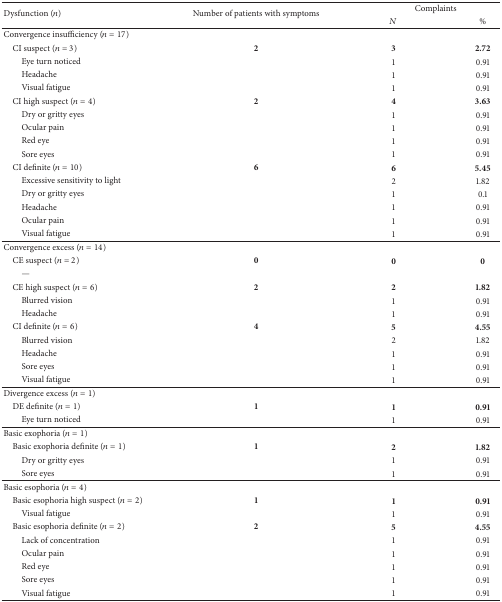
<table><thead><tr><td rowspan="2"><b>Dysfunction (<i>n</i>)</b></td><td rowspan="2"><b>Number of patients with symptoms</b></td><td colspan="2"><b>Complaints</b></td></tr><tr><td><b><i>N</i></b></td><td><b>%</b></td></tr></thead><tbody><tr><td>Convergence insufficiency (<i>n</i> = 17)</td><td> </td><td> </td><td> </td></tr><tr><td> CI suspect (<i>n</i> = 3)</td><td><b>2</b></td><td><b>3</b></td><td><b>2.72</b></td></tr><tr><td>Eye turn noticed</td><td> </td><td>1</td><td>0.91</td></tr><tr><td>Headache</td><td> </td><td>1</td><td>0.91</td></tr><tr><td>Visual fatigue</td><td> </td><td>1</td><td>0.91</td></tr><tr><td> CI high suspect (<i>n</i> = 4)</td><td><b>2</b></td><td><b>4</b></td><td><b>3.63</b></td></tr><tr><td>Dry or gritty eyes</td><td> </td><td>1</td><td>0.91</td></tr><tr><td>Ocular pain</td><td> </td><td>1</td><td>0.91</td></tr><tr><td>Red eye </td><td> </td><td>1</td><td>0.91</td></tr><tr><td>Sore eyes</td><td> </td><td>1</td><td>0.91</td></tr><tr><td> CI definite (<i>n</i> = 10)</td><td><b>6</b></td><td><b>6</b></td><td><b>5.45</b></td></tr><tr><td>Excessive sensitivity to light</td><td> </td><td>2</td><td>1.82</td></tr><tr><td>Dry or gritty eyes</td><td> </td><td>1</td><td>0.1</td></tr><tr><td>Headache</td><td> </td><td>1</td><td>0.91</td></tr><tr><td>Ocular pain</td><td> </td><td>1</td><td>0.91</td></tr><tr><td>Visual fatigue </td><td> </td><td>1</td><td>0.91</td></tr><tr><td>Convergence excess (<i>n</i> = 14) </td><td> </td><td> </td><td> </td></tr><tr><td> CE suspect (<i>n</i> = 2)</td><td><b>0</b></td><td><b>0</b></td><td><b>0</b></td></tr><tr><td>—</td><td> </td><td> </td><td> </td></tr><tr><td> CE high suspect (<i>n</i> = 6)</td><td><b>2</b></td><td><b>2</b></td><td><b>1.82</b></td></tr><tr><td>Blurred vision</td><td> </td><td>1</td><td>0.91</td></tr><tr><td>Headache</td><td> </td><td>1</td><td>0.91</td></tr><tr><td> CI definite (<i>n</i> = 6)</td><td><b>4</b></td><td><b>5</b></td><td><b>4.55</b></td></tr><tr><td>Blurred vision </td><td> </td><td>2</td><td>1.82</td></tr><tr><td>Headache</td><td> </td><td>1</td><td>0.91</td></tr><tr><td>Sore eyes</td><td> </td><td>1</td><td>0.91</td></tr><tr><td>Visual fatigue</td><td> </td><td>1</td><td>0.91</td></tr><tr><td>Divergence excess (<i>n</i> = 1) </td><td> </td><td> </td><td> </td></tr><tr><td> DE definite (<i>n</i> = 1)</td><td><b>1</b></td><td><b>1</b></td><td><b>0.91</b></td></tr><tr><td>Eye turn noticed </td><td> </td><td>1</td><td>0.91</td></tr><tr><td>Basic exophoria (<i>n</i> = 1) </td><td> </td><td> </td><td> </td></tr><tr><td> Basic exophoria definite (<i>n</i> = 1)</td><td><b>1</b></td><td><b>2</b></td><td><b>1.82</b></td></tr><tr><td>Dry or gritty eyes</td><td> </td><td>1</td><td>0.91</td></tr><tr><td>Sore eyes</td><td> </td><td>1</td><td>0.91</td></tr><tr><td>Basic esophoria (<i>n</i> = 4) </td><td> </td><td> </td><td> </td></tr><tr><td> Basic esophoria high suspect (<i>n</i> = 2)</td><td><b>1</b></td><td><b>1</b></td><td><b>0.91</b></td></tr><tr><td>Visual fatigue</td><td> </td><td>1</td><td>0.91</td></tr><tr><td> Basic esophoria definite (<i>n</i> = 2)</td><td><b>2</b></td><td><b>5</b></td><td><b>4.55</b></td></tr><tr><td>Lack of concentration</td><td> </td><td>1</td><td>0.91</td></tr><tr><td>Ocular pain</td><td> </td><td>1</td><td>0.91</td></tr><tr><td>Red eye</td><td> </td><td>1</td><td>0.91</td></tr><tr><td>Sore eyes</td><td> </td><td>1</td><td>0.91</td></tr><tr><td>Visual fatigue</td><td> </td><td>1</td><td>0.91</td></tr></tbody></table>